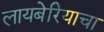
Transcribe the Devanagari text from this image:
लायबेरियाचा